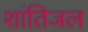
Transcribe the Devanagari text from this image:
शांतिजल